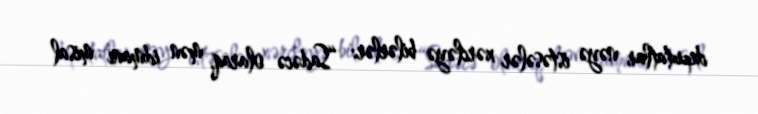
deputatlar nəyə istəsələr xərcləyə bilərlər: “Sadəcə olaraq, mən idmanı misal